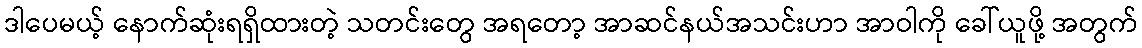
ဒါပေမယ့် နောက်ဆုံးရရှိထားတဲ့ သတင်းတွေ အရတော့ အာဆင်နယ်အသင်းဟာ အာဝါကို ခေါ်ယူဖို့ အတွက်